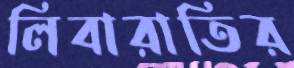
লিবারাতির